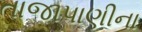
તાજાપાણીના